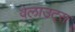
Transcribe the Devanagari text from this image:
वेलाउट्स